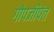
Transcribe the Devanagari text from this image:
गोपजीपंत